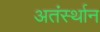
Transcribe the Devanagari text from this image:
अतंर्स्थान